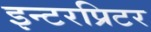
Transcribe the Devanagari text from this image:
इन्टरप्रिटर